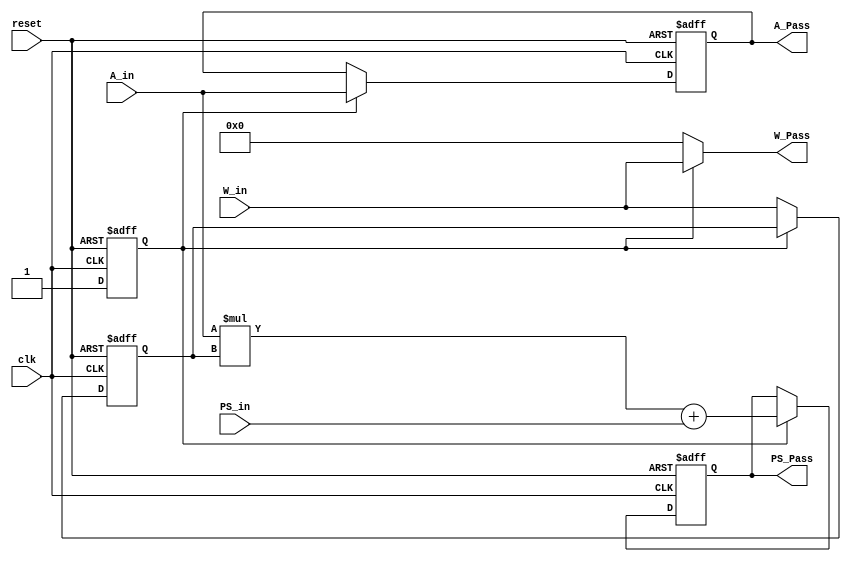

module MAC(
	input        clk,  reset, 
	input [7:0]  A_in, W_in, 
	input [23:0] PS_in,
	
	output [7:0]  A_Pass, W_Pass,
       	output reg [23:0] PS_Pass 
);


reg [7:0] A, W;
reg loadWeightFlag;

assign A_Pass = A; 
assign W_Pass = loadWeightFlag ? W_in : 1'b0;

always @(posedge clk, posedge reset) begin

	if(reset) begin
		A = 8'b0;
		W = 8'b0;
		PS_Pass = 24'b0;		
		loadWeightFlag = 1'b0;
	end else begin
		if(~loadWeightFlag) begin
		       	W = W_in;
			loadWeightFlag = 1'b1;
		end else begin
			A <= A_in; 	
			PS_Pass <= A_in * W + PS_in;
		end
	end

end


endmodule